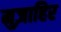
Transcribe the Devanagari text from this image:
मुज़ाहिर